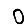
Digit: 0